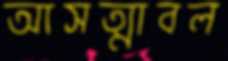
আসত্মাবল